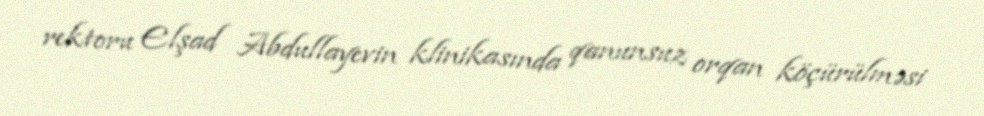
rektoru Elşad Abdullayevin klinikasında qanunsuz orqan köçürülməsi